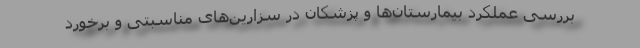
بررسی عملکرد بیمارستان‌ها و پزشکان در سزارین‌های مناسبتی و برخورد